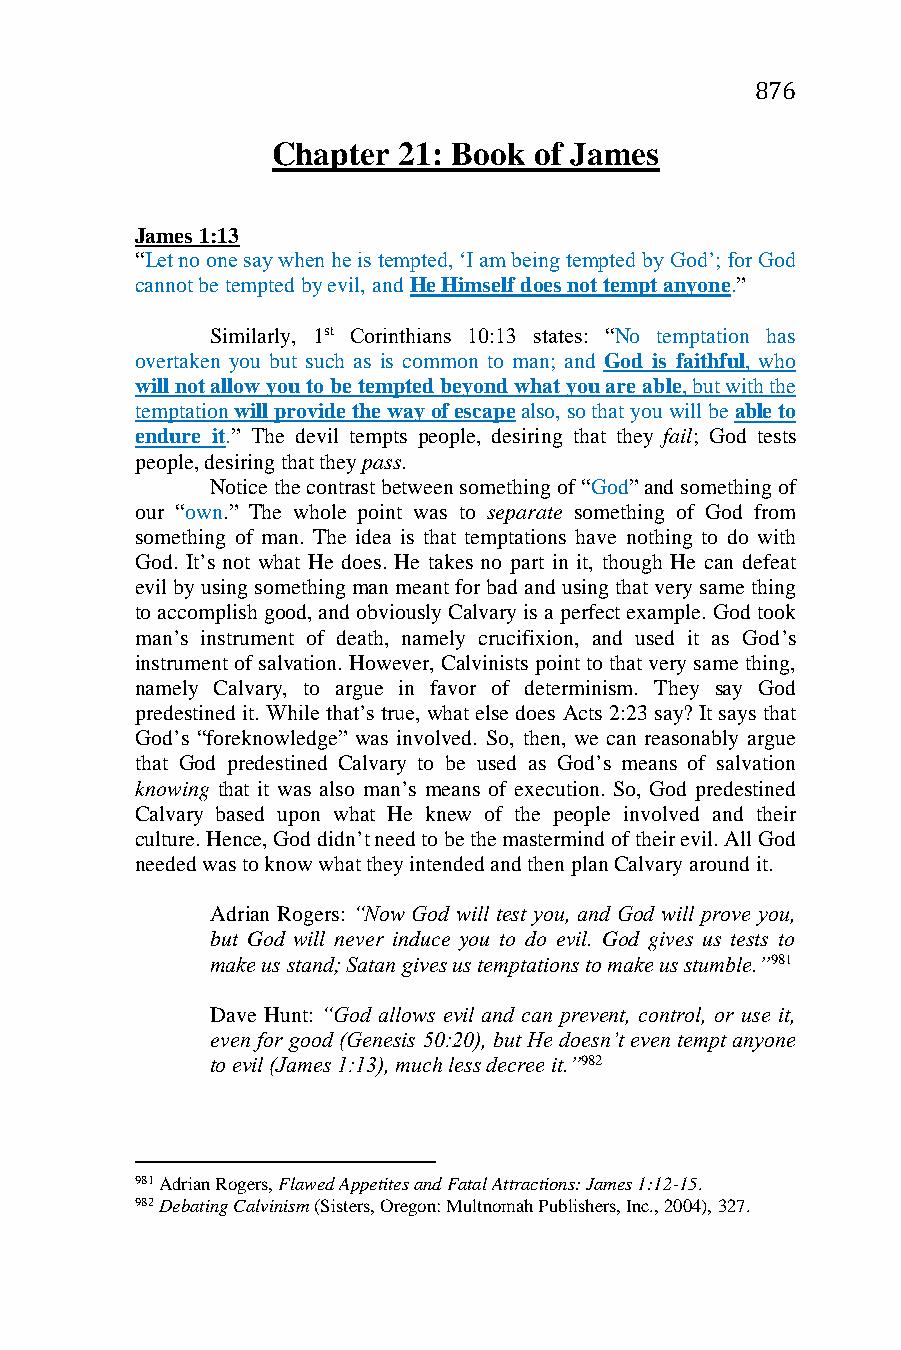
876
 Chapter 21: Book of James
 James 1:13
 “Let no one say when he is tempted, ‘I am being tempted by God’; for God
 cannot be tempted by evil, and He Himself does not tempt anyone.”
 Similarly, 1st Corinthians 10:13 states: “No temptation has
 overtaken you but such as is common to man; and God is faithful, who
 will not allow you to be tempted beyond what you are able, but with the
 temptation will provide the way of escape also, so that you will be able to
 endure it.” The devil tempts people, desiring that they fail; God tests
 people, desiring that they pass.
 Notice the contrast between something of “God” and something of
 our “own.” The whole point was to separate something of God from
 something of man. The idea is that temptations have nothing to do with
 God. It’s not what He does. He takes no part in it, though He can defeat
 evil by using something man meant for bad and using that very same thing
 to accomplish good, and obviously Calvary is a perfect example. God took
 man’s instrument of death, namely crucifixion, and used it as God’s
 instrument of salvation. However, Calvinists point to that very same thing,
 namely Calvary, to argue in favor of determinism. They say God
 predestined it. While that’s true, what else does Acts 2:23 say? It says that
 God’s “foreknowledge” was involved. So, then, we can reasonably argue
 that God predestined Calvary to be used as God’s means of salvation
 knowing that it was also man’s means of execution. So, God predestined
 Calvary based upon what He knew of the people involved and their
 culture. Hence, God didn’t need to be the mastermind of their evil. All God
 needed was to know what they intended and then plan Calvary around it.
 Adrian Rogers: “Now God will test you, and God will prove you,
 but God will never induce you to do evil. God gives us tests to
 make us stand; Satan gives us temptations to make us stumble.”981
 Dave Hunt: “God allows evil and can prevent, control, or use it,
 even for good (Genesis 50:20), but He doesn’t even tempt anyone
 to evil (James 1:13), much less decree it.”982
 981 Adrian Rogers, Flawed Appetites and Fatal Attractions: James 1:12-15.
 982 Debating Calvinism (Sisters, Oregon: Multnomah Publishers, Inc., 2004), 327.